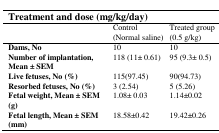
| <COLSPAN=3> Treatment and dose (mg/kg/day) |
 |  | Control(Normal saline) | Treated group(0.5 g/kg) |
 | --- | --- | --- |
 | Dams, No | 10 | 10 |
 | Number of implantation, Mean ± SEM | 118 (11± 0.61) | 95 (9.3± 0.5) |
 | Live fetuses, No (%) | 115(97.45) | 90(94.73) |
 | Resorbed fetuses, No (%) | 3 (2.54) | 5 (5.26) |
 | Fetal weight, Mean ± SEM (g) | 1.08± 0.03 | 1.14±0.02 |
 | Fetal length, Mean ± SEM (mm) | 18.58±0.42 | 19.42±0.26 |